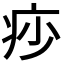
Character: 𤵌